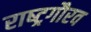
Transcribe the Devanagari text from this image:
राष्‍ट्रगौरव